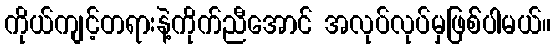
ကိုယ်ကျင့်တရားနဲ့ကိုက်ညီအောင် အလုပ်လုပ်မှဖြစ််ပါမယ်။